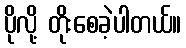
ပိုလို့ တိုးစေခဲ့ပါတယ်။